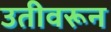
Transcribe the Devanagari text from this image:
उतीवरून